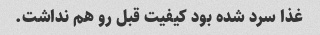
غذا سرد شده بود کیفیت قبل رو هم نداشت.